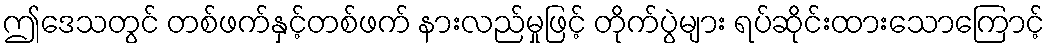
ဤဒေသတွင် တစ်ဖက်နှင့်တစ်ဖက် နားလည်မှုဖြင့် တိုက်ပွဲများ ရပ်ဆိုင်းထားသောကြောင့်